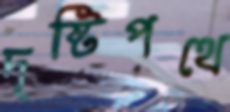
দৃষ্টিপথে